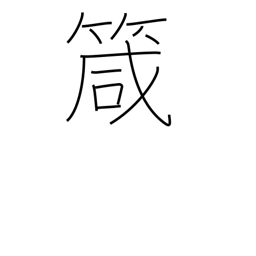
Meaning: needle